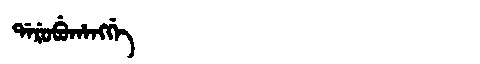
Manchu: ᡩᠠᡵᡠᠪᡠᡥᠠᠩᡤᡝ
Romanization: DARUBUHANGGE